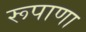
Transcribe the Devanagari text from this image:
रूपाणा